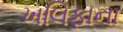
ખલિફાના